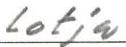
lotja